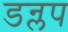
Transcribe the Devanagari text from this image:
डन्लप